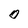
Character: O